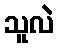
သူလဲ